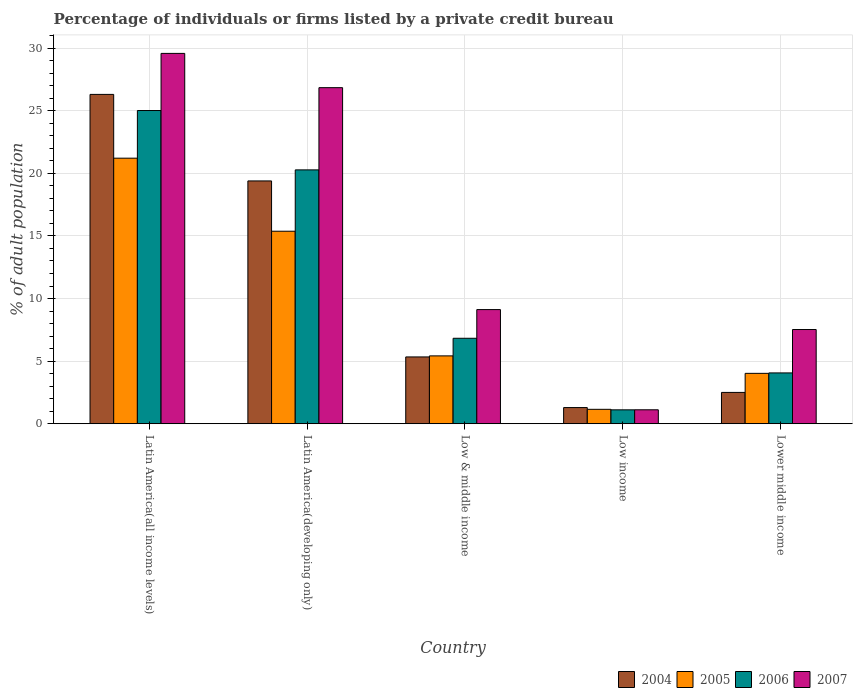
| Country | 2004 | 2005 | 2006 | 2007 |
 | --- | --- | --- | --- | --- |
 | Latin America(all income levels) | 26.3 | 21.2 | 25 | 29.6 |
 | Latin America(developing only) | 19.4 | 15.4 | 20.3 | 26.8 |
 | Low & middle income | 5.34 | 5.42 | 6.83 | 9.12 |
 | Low income | 1.29 | 1.15 | 1.11 | 1.11 |
 | Lower middle income | 2.5 | 4.03 | 4.06 | 7.53 |